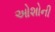
ઓશોની